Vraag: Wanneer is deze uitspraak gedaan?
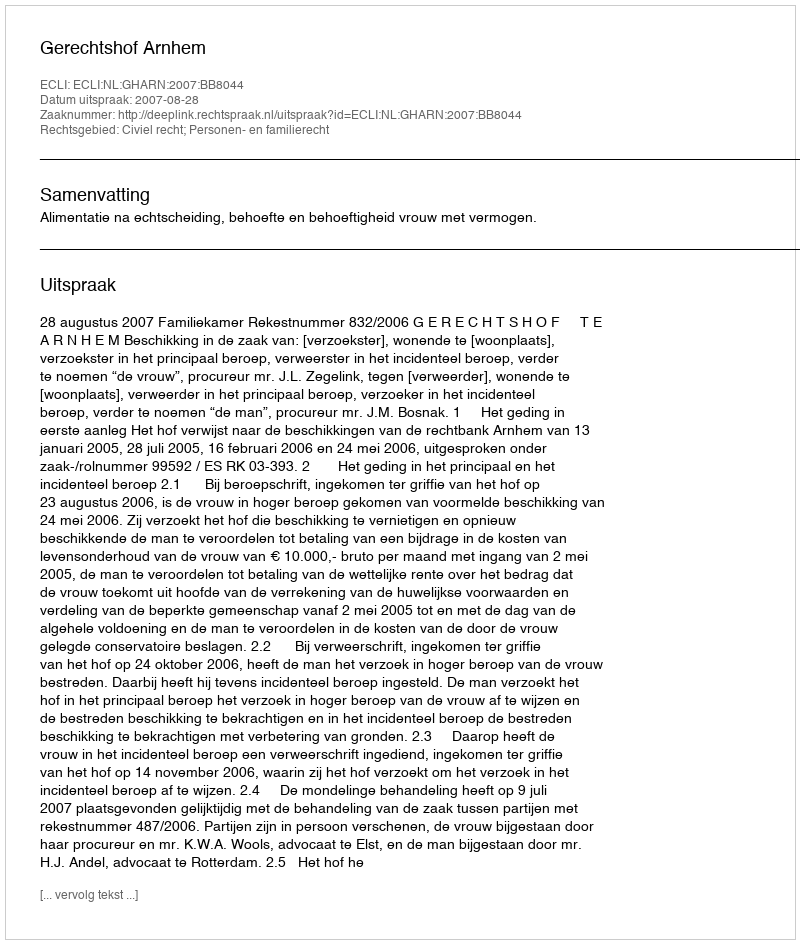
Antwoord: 2007-08-28